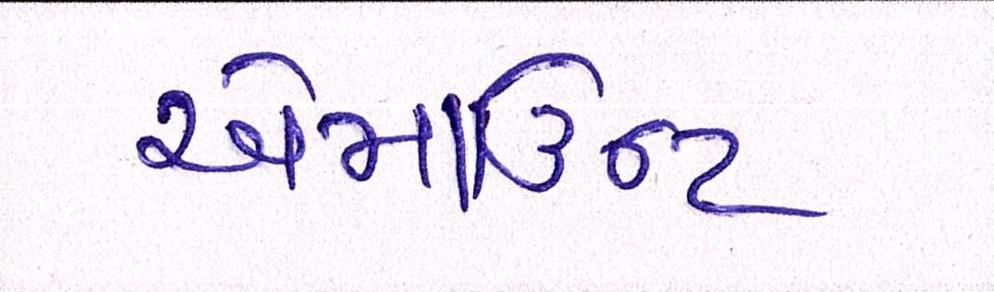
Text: એમાઉન્ટ